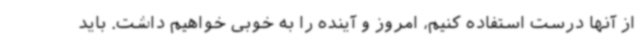
از آنها درست استفاده کنیم، امروز و آینده را به خوبی خواهیم داشت. باید